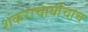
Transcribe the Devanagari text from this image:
शंकराचार्याचाच